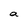
Character: a